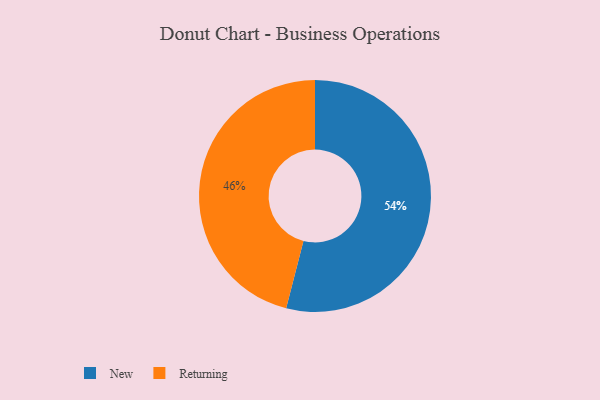
{"axis": {"x": "Category", "y": "Percentage"}, "legend": ["New", "Returning"], "data": [{"x": "New", "y": 54, "type": "New"}, {"x": "Returning", "y": 46, "type": "Returning"}]}